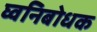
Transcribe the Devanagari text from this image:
घ्वनिबोधक